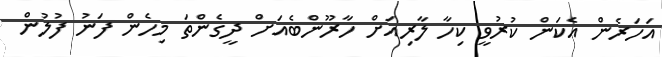
އަހަރެން އެކަން ކުރުވީ ކިހާ ލާރިއަށް ހާރޫންބެއަށް ދީގެންތަ މިހެން ފަނު ފުލުން